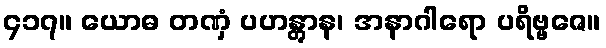
၄၁၇။ ယောဓ တဏှံ ပဟန္တွာန၊ အနာဂါရော ပရိဗ္ဗဇေ။